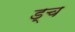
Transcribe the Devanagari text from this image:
ड्च